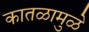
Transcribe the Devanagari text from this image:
कातळामुळे